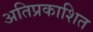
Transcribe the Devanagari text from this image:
अतिप्रकाशित